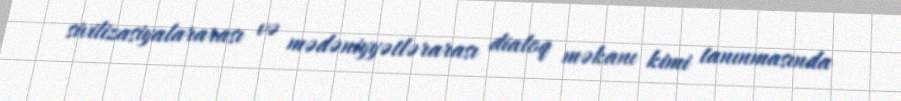
sivilizasiyalararası və mədəniyyətlərarası dialoq məkanı kimi tanınmasında